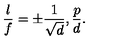
{ \frac { l } { f } } = \pm { \frac { 1 } { \sqrt { d } } } , { \frac { p } { d } } .